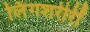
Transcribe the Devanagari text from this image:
लिंगशरीरीं